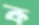
ক